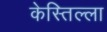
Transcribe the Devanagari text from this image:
केस्तिल्ला